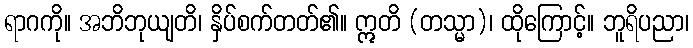
ရာဂကို။ အဘိဘုယျတိ၊ နှိပ်စက်တတ်၏။ ဣတိ (တသ္မာ)၊ ထိုကြောင့်။ ဘူရိပညာ၊